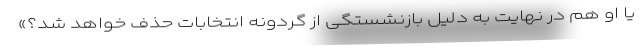
یا او هم در نهایت به دلیل بازنشستگی از گردونه انتخابات حذف خواهد شد؟»